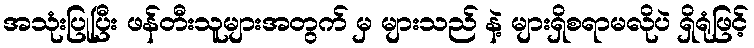
အသုံးပြုပြီး ဖန်တီးသူများအတွက် မှ များသည် နဲ့ များရှိစရာမလိုပဲ ရှိရုံဖြင့်